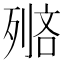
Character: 𠞺